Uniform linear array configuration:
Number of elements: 12
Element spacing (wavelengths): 0.5
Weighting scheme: binomial
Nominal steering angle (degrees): -15
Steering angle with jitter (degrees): -14.59
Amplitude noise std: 0.05
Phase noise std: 0.05

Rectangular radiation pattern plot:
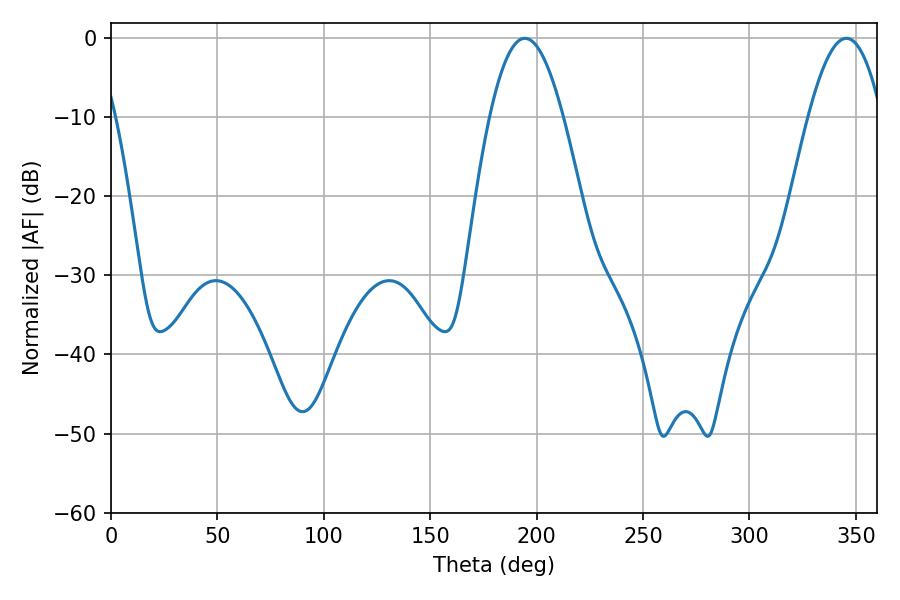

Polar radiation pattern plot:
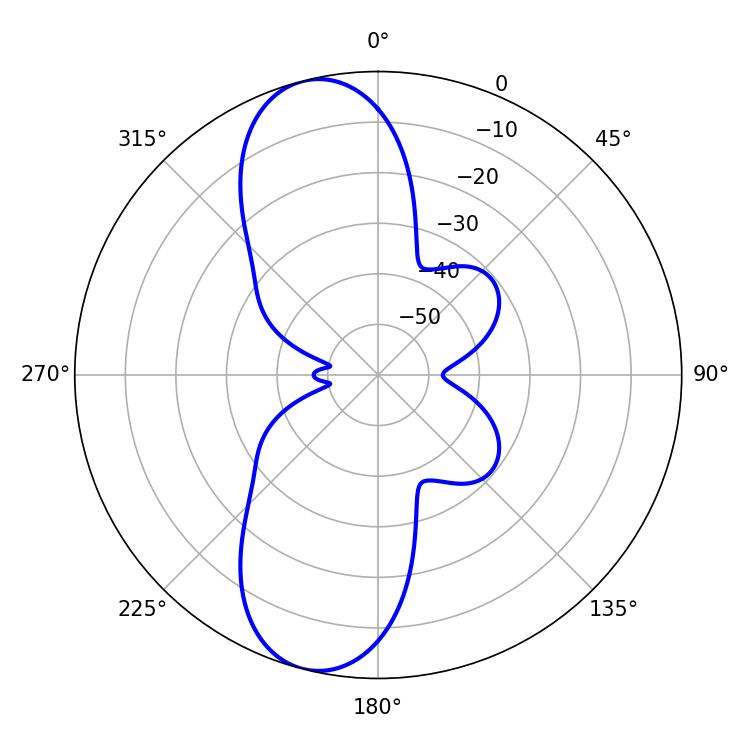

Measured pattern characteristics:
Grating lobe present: FALSE
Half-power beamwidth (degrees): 18.9
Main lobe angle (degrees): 194.4